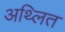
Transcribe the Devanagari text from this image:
अथ्लित